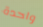
واحدة